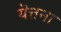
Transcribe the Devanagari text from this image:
यॆत्तना